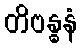
တိဗန္ဓနံ